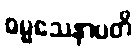
ဓမ္မသေနာပတိ